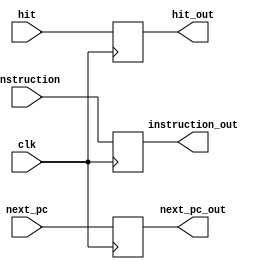
`timescale 1ns / 1ps
//////////////////////////////////////////////////////////////////////////////////
// Company: 
// Engineer: 
// 
// Design Name: 
// Module Name:    ifid 
// Project Name: 
// Target Devices: 
// Tool versions: 
// Description: 
//
// Dependencies: 
//
// Revision: 
// Revision 0.01 - File Created
// Additional Comments: 
//
//////////////////////////////////////////////////////////////////////////////////
module ifid(clk,next_pc,instruction,hit,instruction_out,next_pc_out,hit_out);
	input clk;
	input [31:0]next_pc;
	input [31:0]instruction;
	input hit;
	output reg [31:0]instruction_out;
	output reg [31:0]next_pc_out;
	output reg hit_out;
	
	
	always @(negedge clk)begin
		instruction_out <= instruction;
		hit_out <= hit;
		next_pc_out <= next_pc;
	end


endmodule